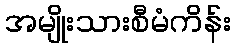
အမျိုးသားစီမံကိန်း